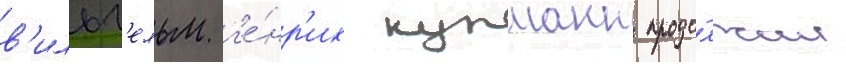
в'ильг'ельм г'е́нр'их купманн продо́лжил